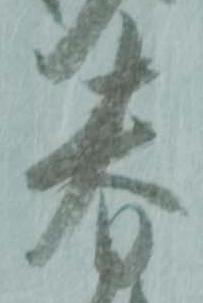
春